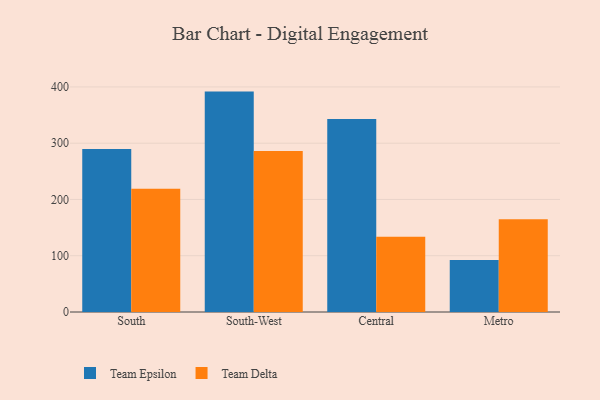
{"axis": {"x": "Region", "y": "Demand Index"}, "legend": ["Team Delta", "Team Epsilon"], "data": [{"x": "South", "y": 289.9, "type": "Team Epsilon"}, {"x": "South", "y": 219.0, "type": "Team Delta"}, {"x": "South-West", "y": 391.7, "type": "Team Epsilon"}, {"x": "South-West", "y": 286.1, "type": "Team Delta"}, {"x": "Central", "y": 342.9, "type": "Team Epsilon"}, {"x": "Central", "y": 133.8, "type": "Team Delta"}, {"x": "Metro", "y": 92.4, "type": "Team Epsilon"}, {"x": "Metro", "y": 164.9, "type": "Team Delta"}]}